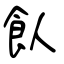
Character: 飤